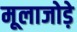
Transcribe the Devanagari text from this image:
मूलाजोड़े